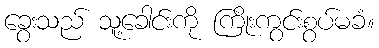
ခွေးသည် သူ့ခေါင်းကို ကြိုးကွင်းစွပ်မခံ။